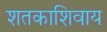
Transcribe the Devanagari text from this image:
शतकाशिवाय